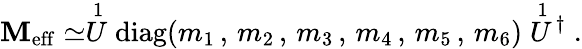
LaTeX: \mathbf{M}_{\mathrm{{eff}}}\simeq\stackrel{1}{U}\mathrm{{diag}}(m_{1}\, ,\, m_{2}\, ,\, m_{3}\, ,\, m_{4}\, ,\, m_{5}\, ,\, m_{6})\stackrel{1}{U}\! ^{\dagger}\; .